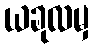
ယခုလမှ